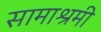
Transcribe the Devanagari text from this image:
सामाश्रमी